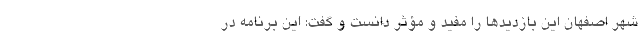
شهر اصفهان این بازدیدها را مفید و مؤثر دانست و گفت: این برنامه در